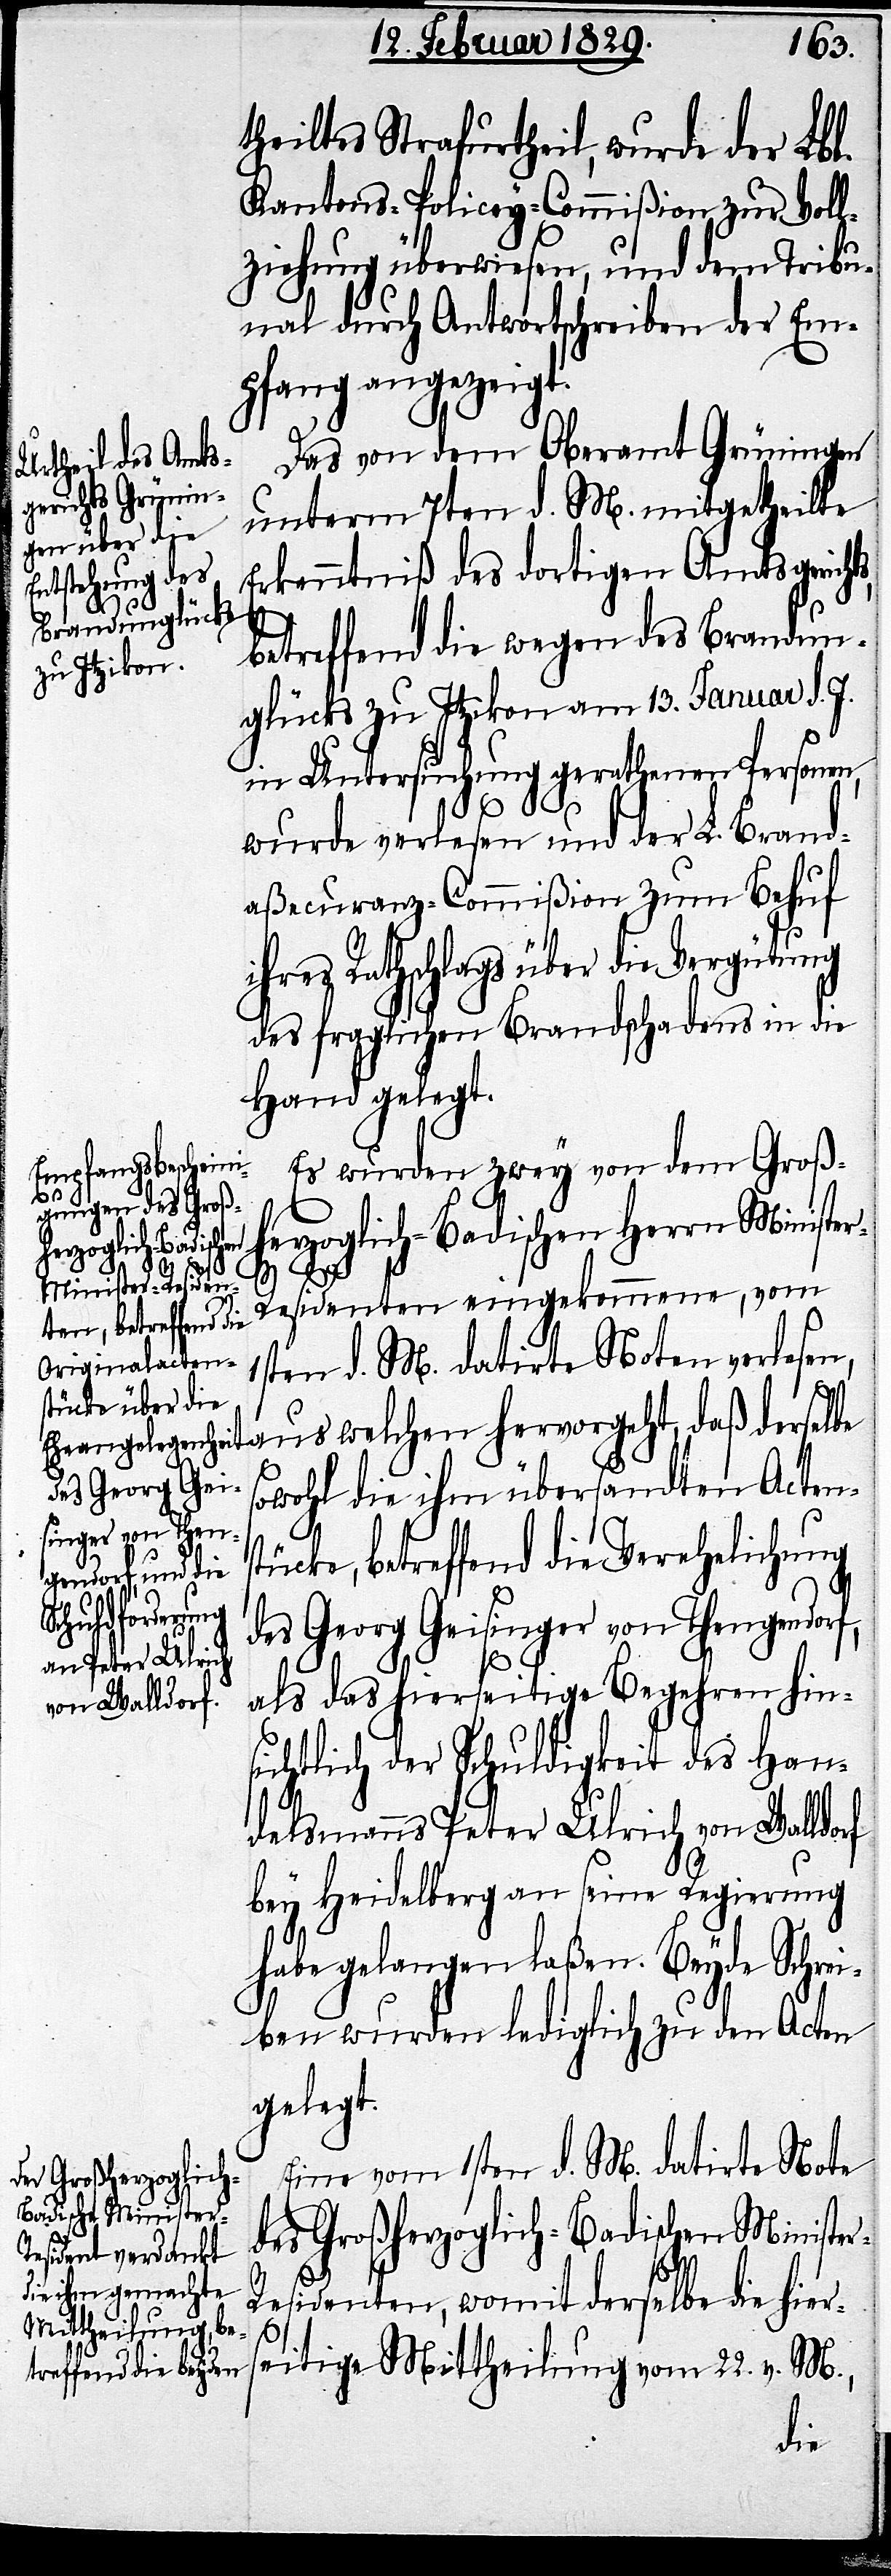
theiltes Strafurtheile, wurde der Lbl.
Kantons-Policey-Commißion zur Voll¬
ziehung überwiesen, und dem Tribu¬
nal durch Antwortschreiben der Em¬
pfang angezeigt.
Das von dem Oberamt Grüningen
unterm 7ten d. M. mitgetheilte
Erkenntniß des dortigen Amtsgericht¬
betreffend die wegen des Brandun¬
glücks zu Itzikon am 13. Januar d. J.
in Untersuchung gerathenen Personen,
wurde verlesen und der L. Brand¬
aßecuranz-Commißion zum Behuf
ihres Rathschlags über die Vergütung
des fraglichen Brandschadens in die
Hand gelegt.
Es wurden zwey von dem Groß¬
herzoglich-Badischen Herrn Ministe¬
derselbe
r-Residenten eingekommenen, vom
1sten d. M. datirten Noten verlesen,
r-R¬
sowohl die ihm übersandten Acten¬
stücke, betreffend die Verehelichung
des Georg Geisinger von Thengendorf,
als das hierseitige Begehren hin¬
sichtlich der Schuldigkeit des Han¬
delsmanns Peter Ulrich von Walldorf
bey Heidelberg an seine Regierung
habe gelangen laßen. Beyde Schrei¬
ben wurden lediglich zu den Acten
gelegt.
Eine vom 1sten d. M. datirte Note
des Großherzoglich-Badischen Ministe¬
esidenten, womit derselbe die hier¬
s¬
eitige Mittheilung vom 22. v. M.,